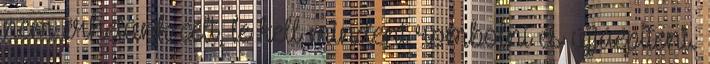
nem érhetünk célt, le kell mindent rombolni és újjáépíteni.